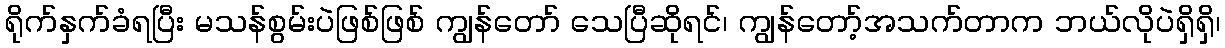
ရိုက်နှက်ခံရပြီး မသန်စွမ်းပဲဖြစ်ဖြစ် ကျွန်တော် သေပြီဆိုရင်၊ ကျွန်တော့်အသက်တာက ဘယ်လိုပဲရှိရှိ၊